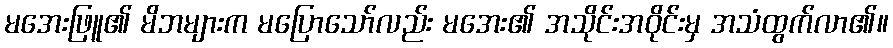
မအေးဖြူ၏ မိဘများက မပြောသော်လည်း မအေး၏ အသိုင်းအဝိုင်းမှ အသံထွက်လာ၏။